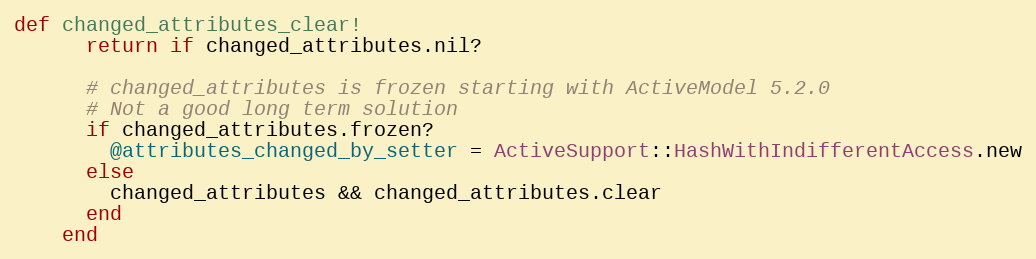
Language: Ruby
def changed_attributes_clear!
      return if changed_attributes.nil?

      # changed_attributes is frozen starting with ActiveModel 5.2.0
      # Not a good long term solution
      if changed_attributes.frozen?
        @attributes_changed_by_setter = ActiveSupport::HashWithIndifferentAccess.new
      else
        changed_attributes && changed_attributes.clear
      end
    end